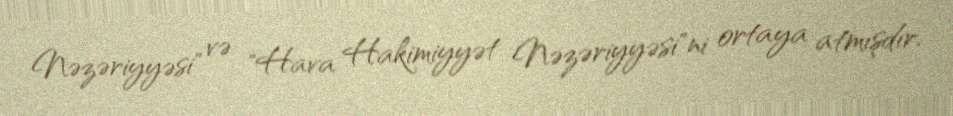
Nəzəriyyəsi" və "Hava Hakimiyyət Nəzəriyyəsi"ni ortaya atmışdır.